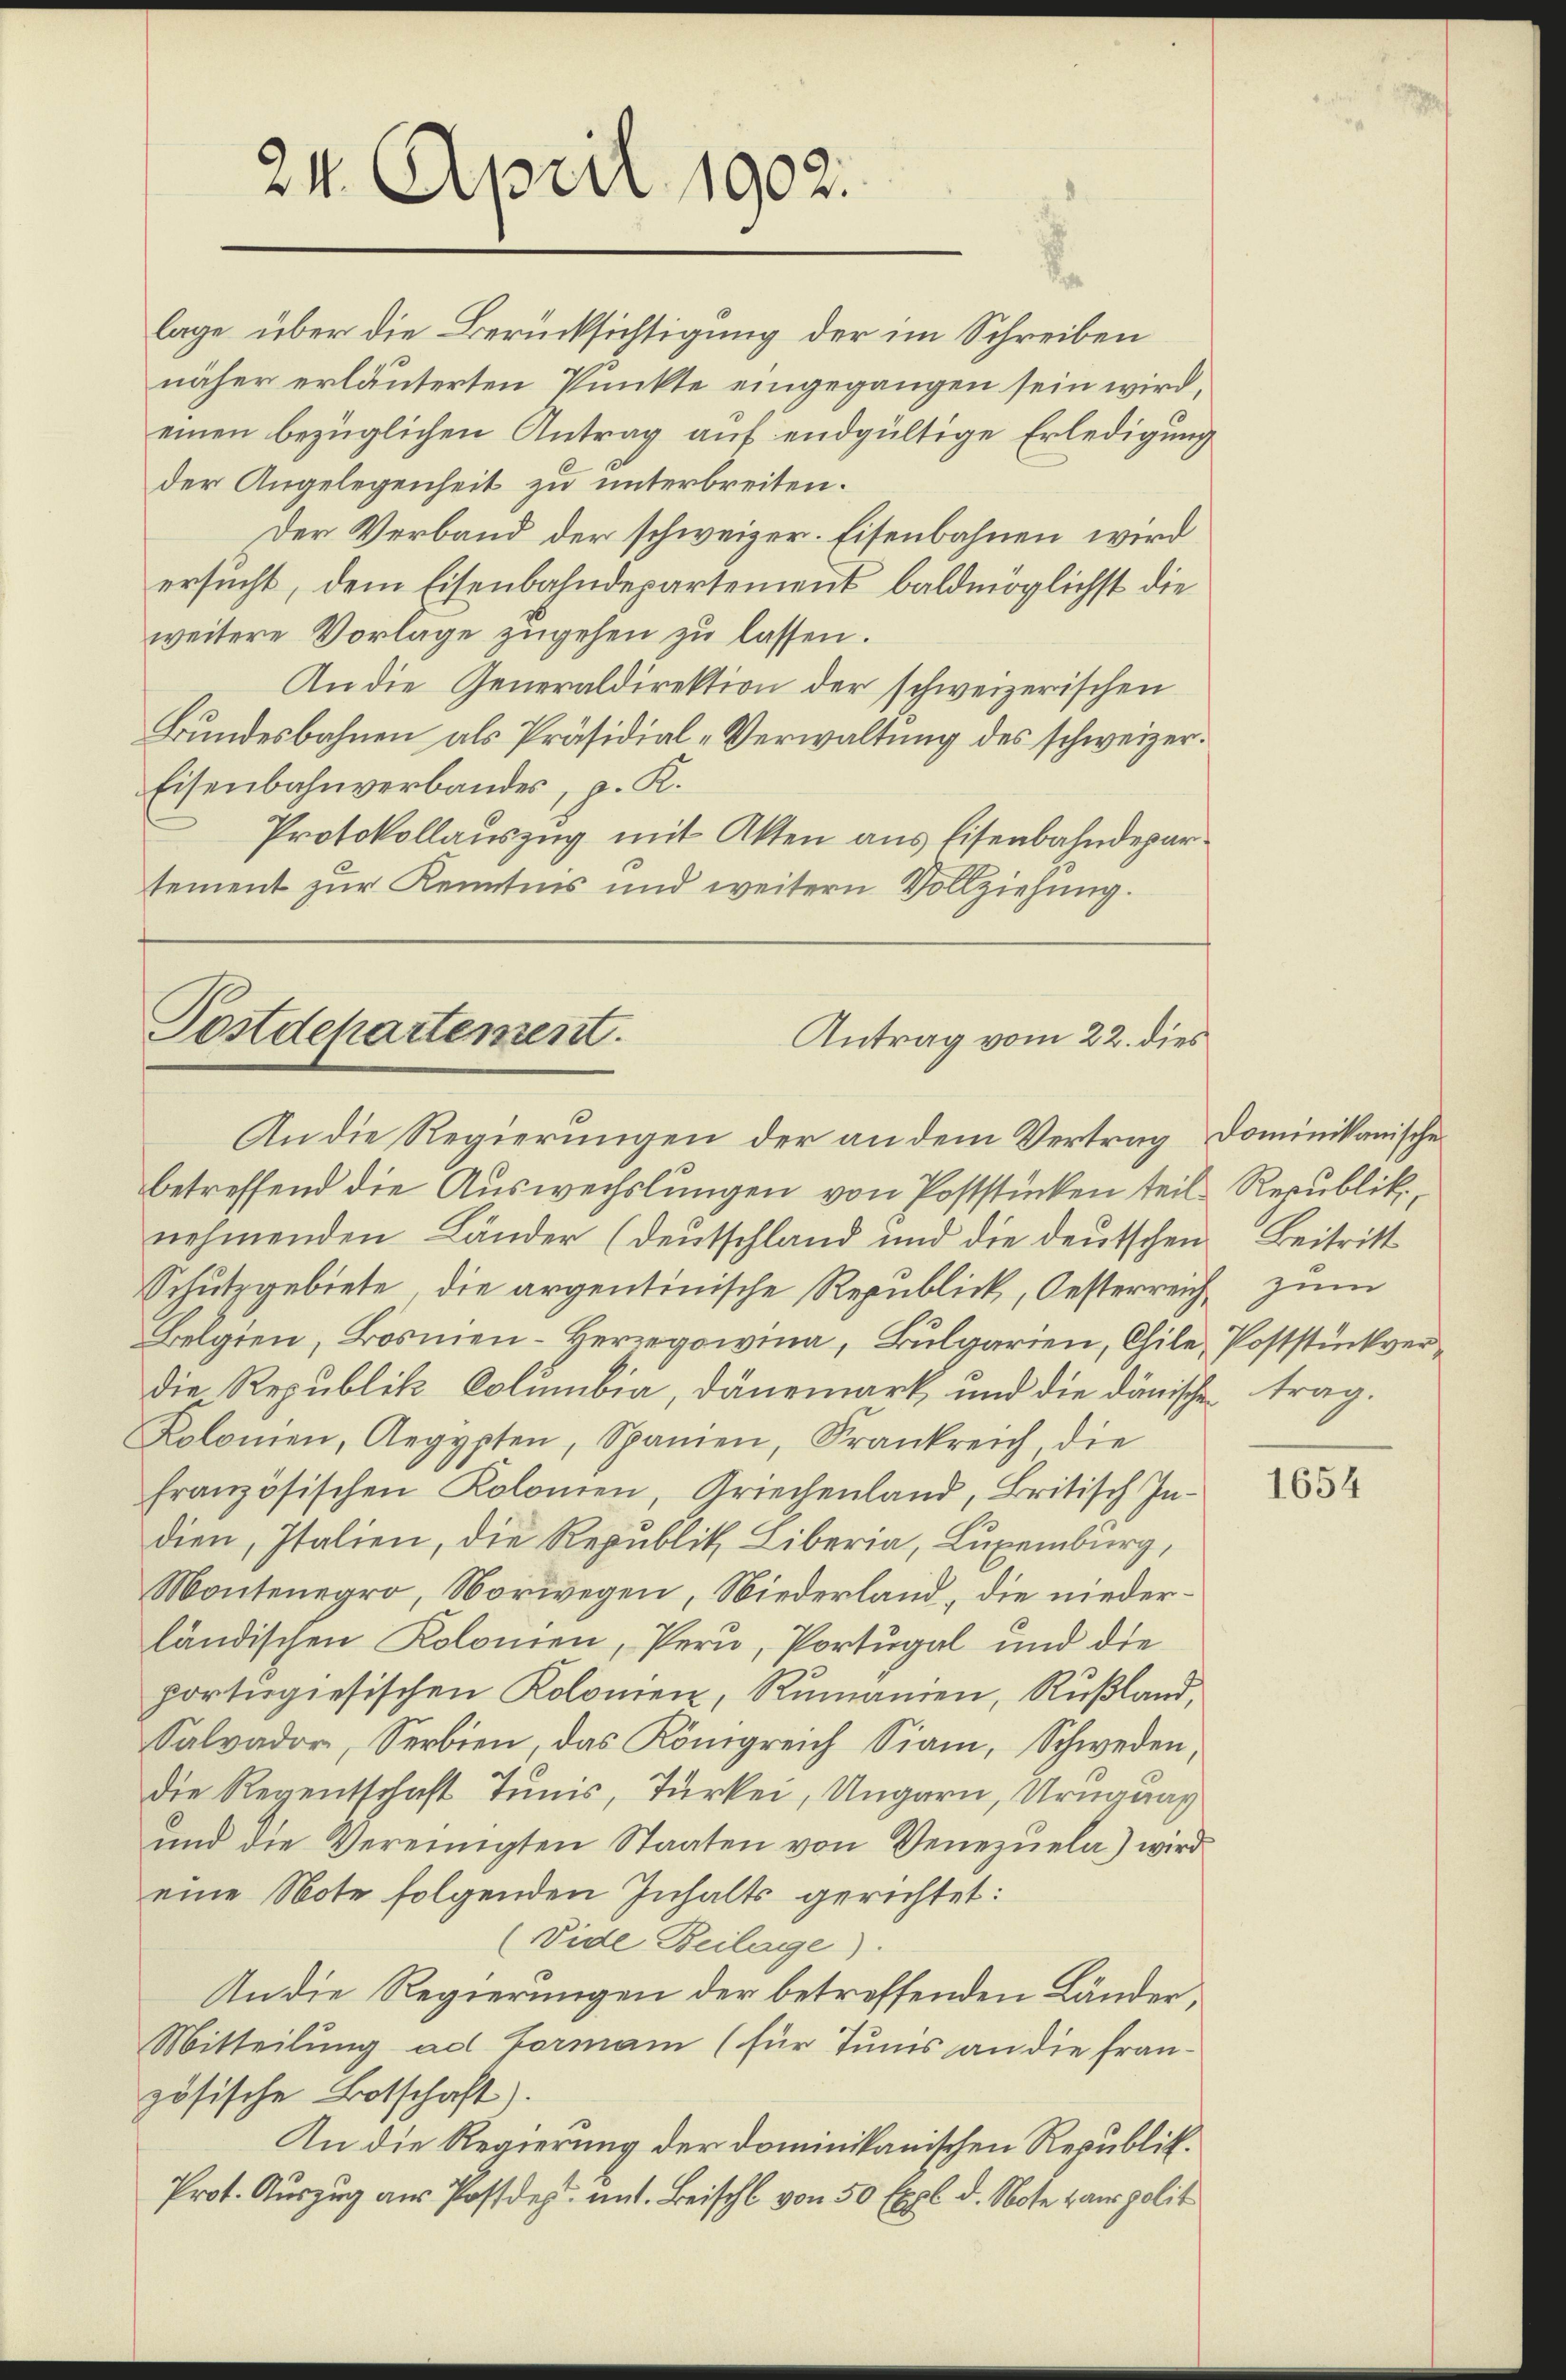
lage über die Berücksichtigung der im Schreiben
näher erläuterten Punkte eingegangen sein wird,
einen bezüglichen Antrag auf endgültige Erledigung
der Angelegenheit zu unterbreiten.
Der Verband der schweizer. Eisenbahnen wird
ersucht, dem Eisenbahndepartement baldmöglichst die
weitere Vorlage zugehen zu lassen.
An die Generaldirektion der schweizerischen
Bundesbahnen als Präsidial-Verwaltung des schweizer¬
Eisenbahnverbandes, p. K.
Protokollauszug mit Akten aus Eisenbahndepartement zur Kenntnis und weitern Vollziehung.

24. April 1902.

Postdepartement.
Antrag vom 22. dies
An die Regierungen der an dem Vertrag Dominikanische

betreffend die Auswechslungen von Poststücken teil Republik,
nehmenden Länder (Deutschland und die deutschen Beitritt
Schutzgebiete die argentinische Republick, Oesterreich zum
Belgien, Bosnien-Herzegowina, Bulgarien, Chile, Poststückverdie Republik Columbia, Dänemark und die dänische trag.
Kolonien, Aegypten, Spanien, Frankreich die
französischen Kolomen, Griechenland, Britisch In-
dien, Italien, die Republik Liberia, Luxenburg,
Montenegro, Norwegen, Niederland, die niederländischen Kolonien, Pern, Portugal und die
portugiesischen Kolonien, Rumanien, Rußland,
Salvador, Serbien, das Königreich Siam, Schweden,
die Regentschaft Tunis, Turken, Ungarn, Urugung
ŭnd die Vereinigten Staaten von Venezŭela) wird
eine Note folgenden Inhalts gerichtet:
(Dide Beilage).
An die Regierungen der betreffenden Länder,
Mitteilung ad Formani (für Tunis an die fran-
zösische Botschaft).
An die Regierung der Dominikanischen Republik.
Prot. Auszug aus Postdes unt. Beischl von 50 Expl d. Note Hans polit

1654